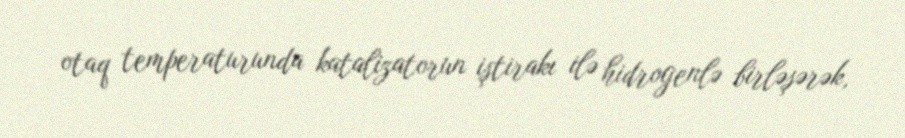
otaq temperaturunda katalizatorun iştirakı ilə hidrogenlə birləşərək,